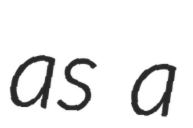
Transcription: as a